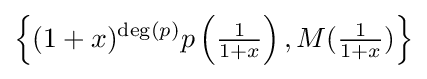
\left\{(1+x)^{\deg(p)}p\left({\tfrac {1}{1+x}}\right),M({\tfrac {1}{1+x}})\right\}